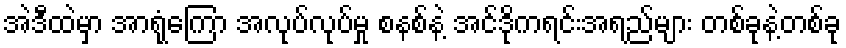
အဲဒီထဲမှာ အာရုံကြော အလုပ်လုပ်မှု စနစ်နဲ့ အင်ဒိုကရင်းအရည်များ တစ်ခုနဲ့တစ်ခု